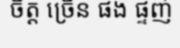
ចិត្ត ច្រើន ផង ផ្ទញ់